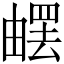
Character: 𤳄